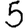
Digit: 5